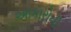
આકારોની